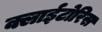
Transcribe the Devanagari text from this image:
क्लाईटोरिस